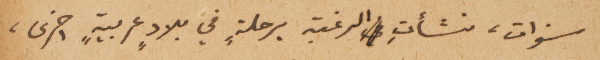
سنوات، نشأتِ في الرغبة برحلةٍ في بلادٍ عربيةٍ اخرى،